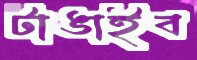
টাঙাইব